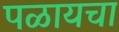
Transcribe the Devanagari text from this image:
पळायचा